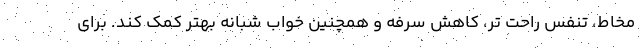
مخاط، تنفس راحت تر، کاهش سرفه و همچنین خواب شبانه بهتر کمک کند. برای